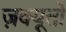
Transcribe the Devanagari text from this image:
ज़क्यूतो